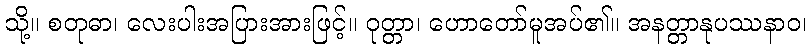
သို့။ စတုဓာ၊ လေးပါးအပြားအားဖြင့်။ ဝုတ္တာ၊ ဟောတော်မူအပ်၏။ အနတ္တာနုပဿနာဝ၊